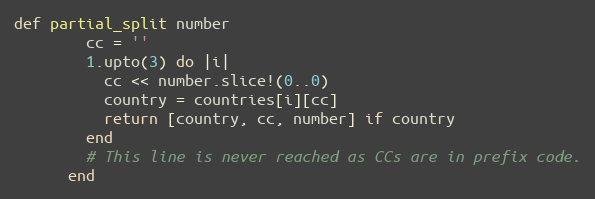
Language: Ruby
def partial_split number
        cc = ''
        1.upto(3) do |i|
          cc << number.slice!(0..0)
          country = countries[i][cc]
          return [country, cc, number] if country
        end
        # This line is never reached as CCs are in prefix code.
      end